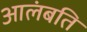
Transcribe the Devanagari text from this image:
आलंबति